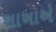
શાખાએ